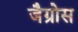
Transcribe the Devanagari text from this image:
जैग्रोस